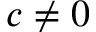
c \neq 0